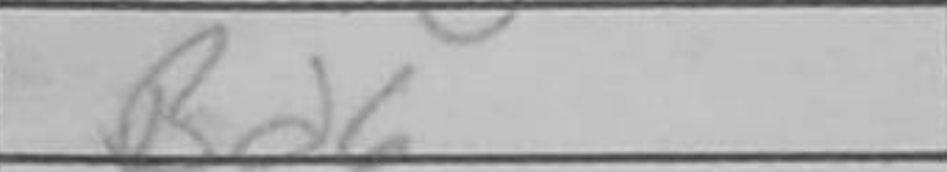
Transcription: Bd6